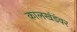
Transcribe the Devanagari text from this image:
कालखंडंवर